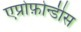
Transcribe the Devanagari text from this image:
एप्रोफ़ोन्डीस